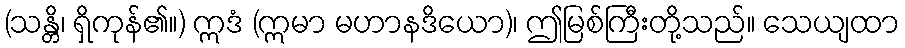
(သန္တိ၊ ရှိကုန်၏။) ဣဒံ (ဣမာ မဟာနဒိယော)၊ ဤမြစ်ကြီးတို့သည်။ သေယျထာ